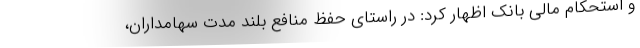
و استحکام مالی بانک اظهار کرد: در راستای حفظ منافع بلند مدت سهامداران،